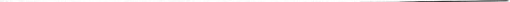
___